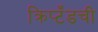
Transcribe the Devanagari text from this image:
क्रिप्टँडची